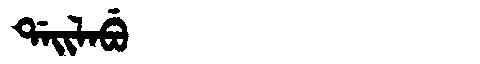
Manchu: ᡩᠠᡳᠯᠠᠪᡠ
Romanization: DAILABU